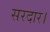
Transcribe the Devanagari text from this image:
सरदार।